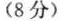
(8分)